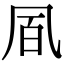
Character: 凮